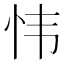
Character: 𫹴